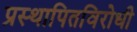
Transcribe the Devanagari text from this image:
प्रस्थापितविरोधी